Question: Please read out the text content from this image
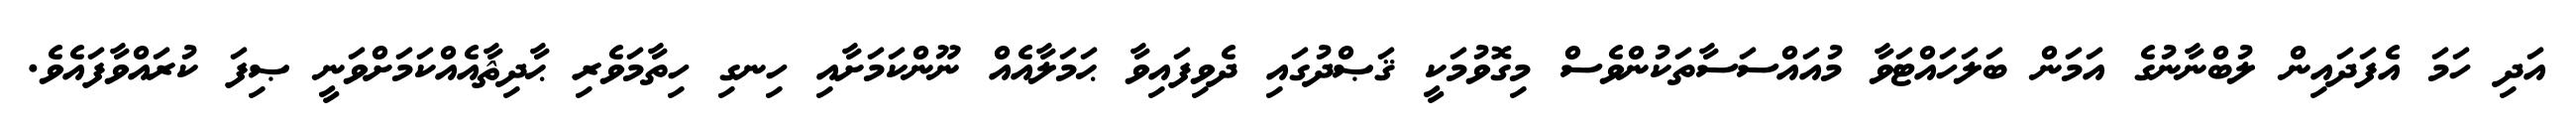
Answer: އަދި ހަމަ އެފަދައިން ލުބްނާނުގެ އަމަން ބަލަހައްޓަވާ މުއައްސަސާތަކުންވެސް މިގޮވުމަކީ ޤަޞްދުގައި ދެވިފައިވާ ޙަމަލާއެއް ނޫންކަމަށާއި ހިނގި ހިތާމަވެރި ޙާދިޘާއެއްކަމަށްވަނީ ޞިފަ ކުރައްވާފައެވެ.